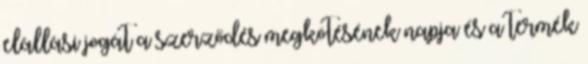
elállási jogát a szerződés megkötésének napja és a termék